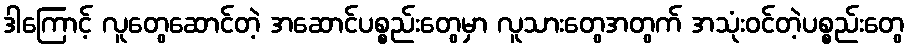
ဒါကြောင့် လူတွေဆောင်တဲ့ အဆောင်ပစ္စည်းတွေမှာ လူသားတွေအတွက် အသုံးဝင်တဲ့ပစ္စည်းတွေ